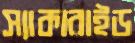
স্যাকারাইড